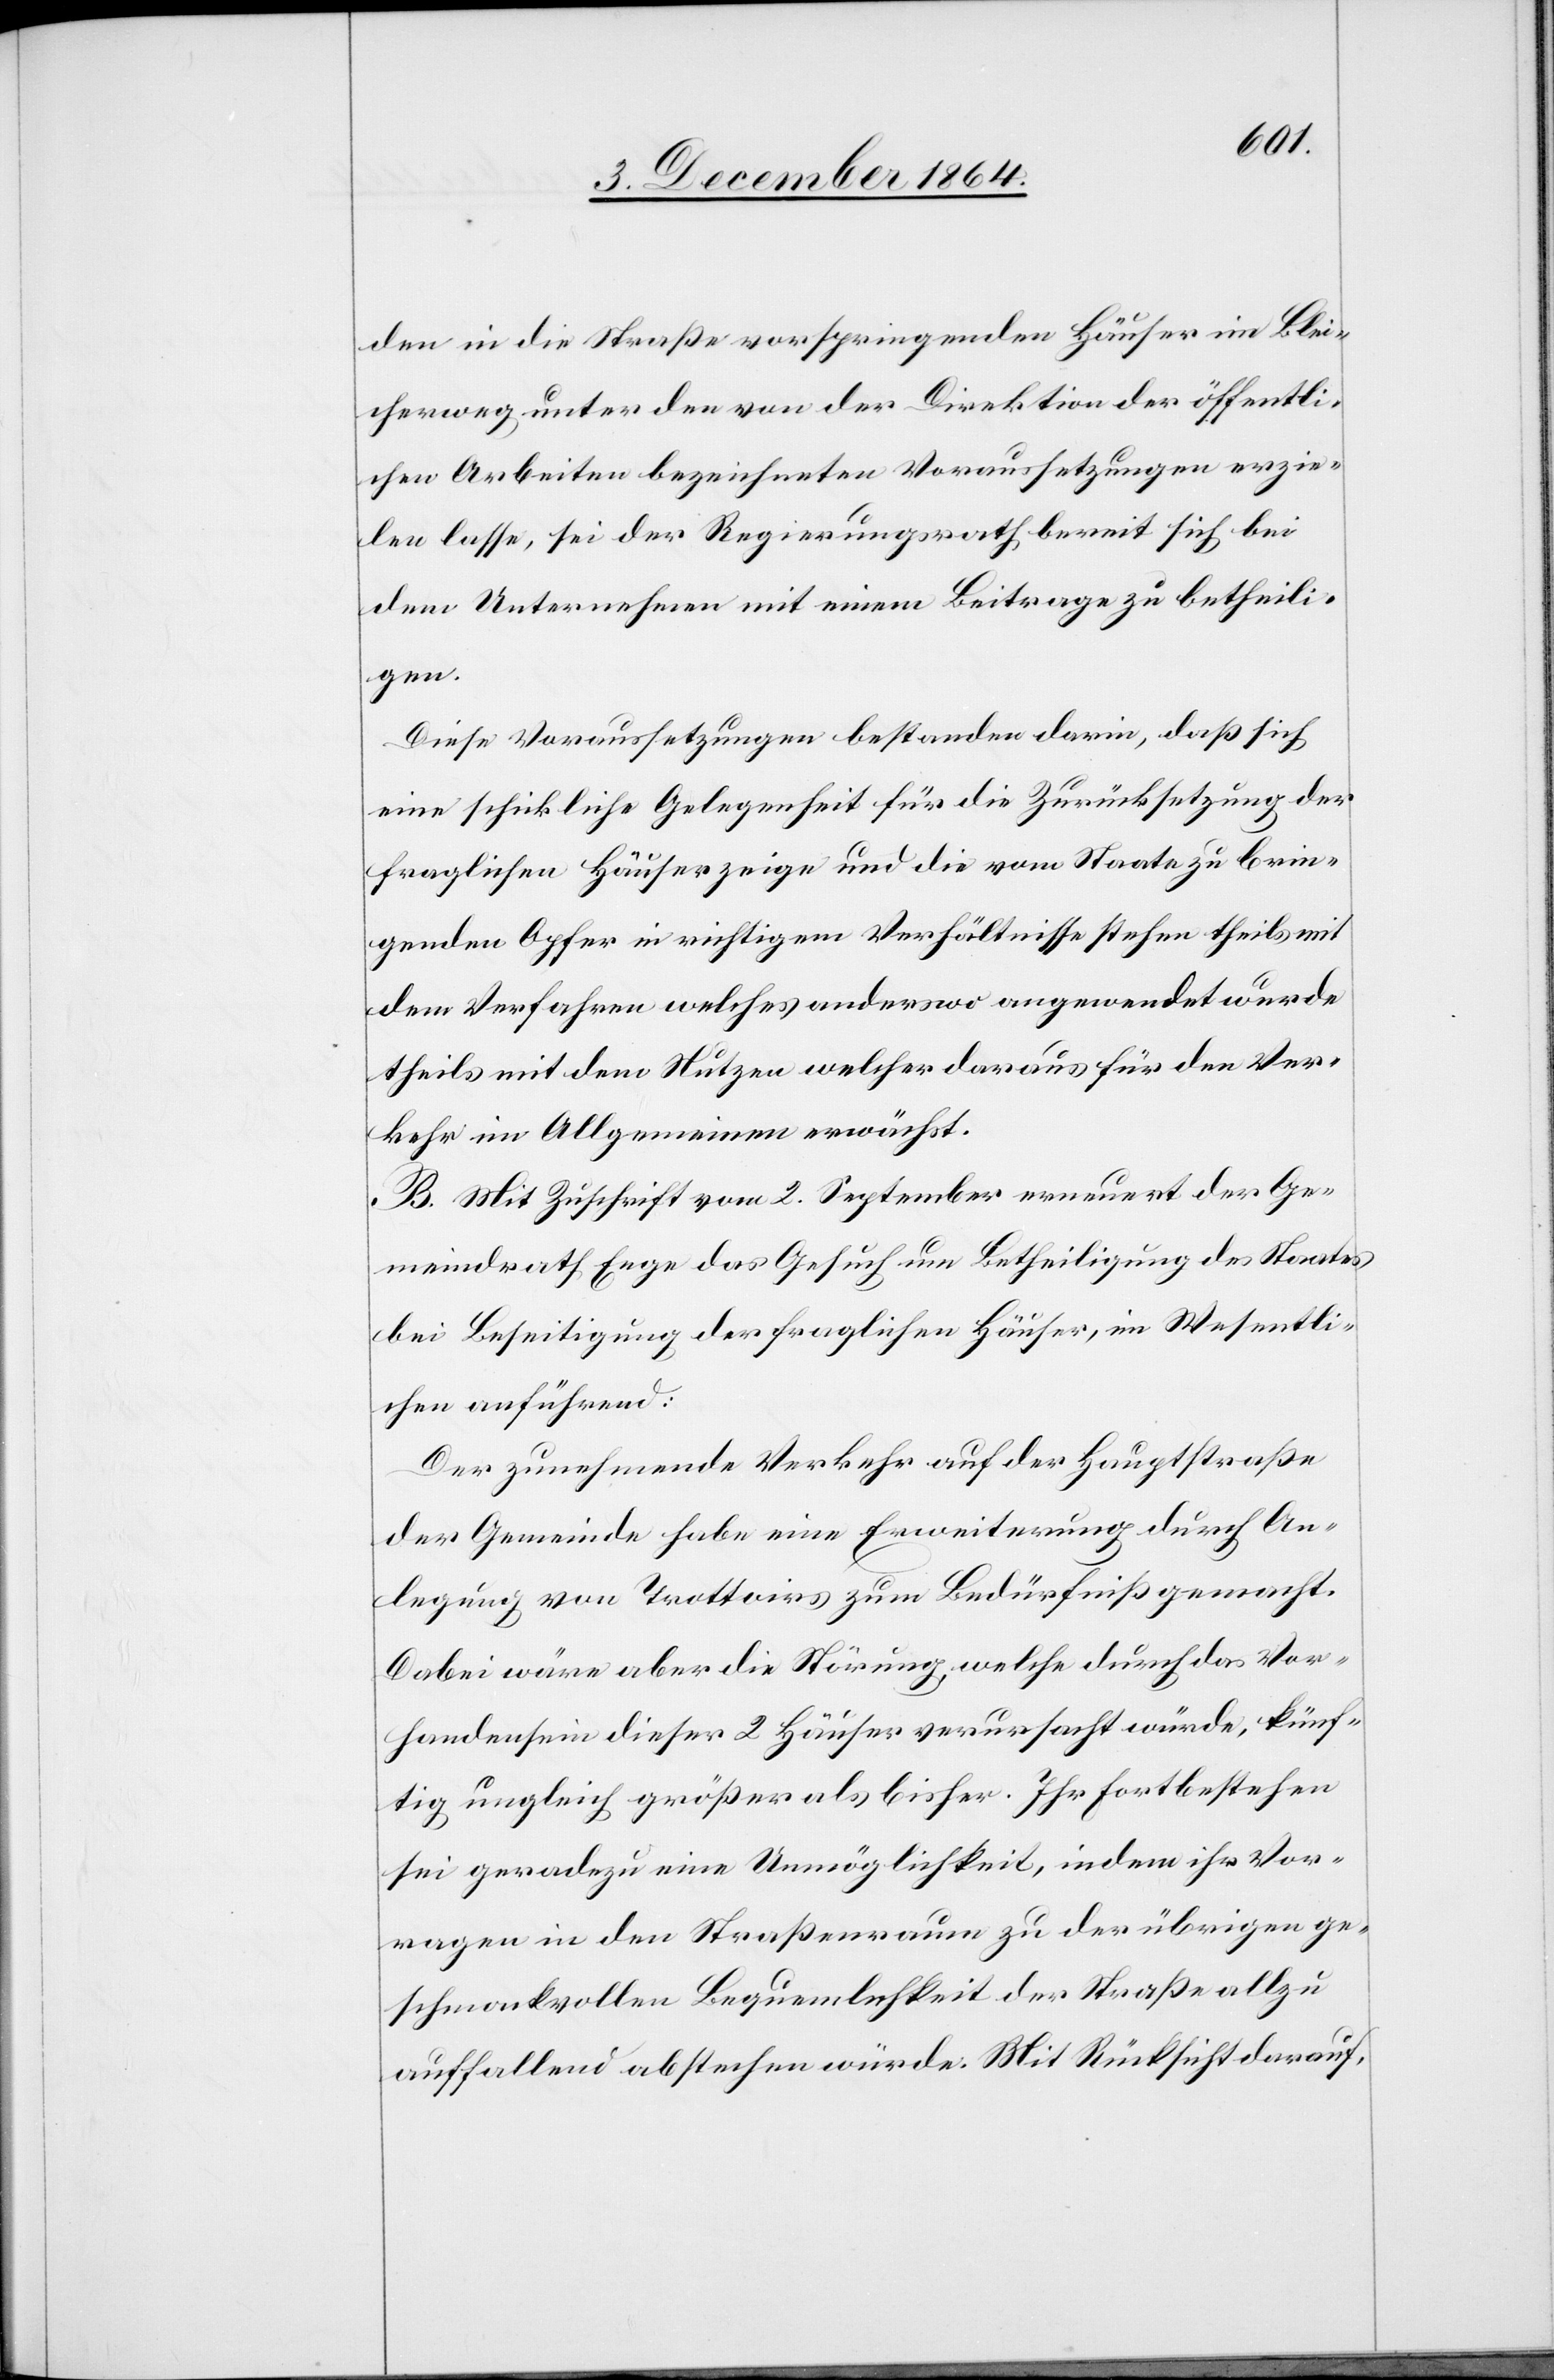
den in die Straße vorspringenden Häuser im Blei¬
cherweg unter den von der Direktion der öffentli¬
chen Arbeiten bezeichneten Voraussetzungen erzie¬
len lasse, sei der Regierungsrath bereit sich bei
dem Unternehmen mit einem Beitrage zu betheili¬
gen.
Diese Voraussetzungen bestanden darin, daß sich
eine schickliche Gelegenheit für die Zurücksetzung der
fraglichen Häuser zeige und die vom Staate zu brin¬
genden Opfer in richtigem Verhältnisse stehen theils mit
dem Verfahren welches anderswo angewendet wurde
theils mit dem Nutzen welcher daraus für den Ver¬
kehr im Allgemeinen erwächst.
B. Mit Zuschrift vom 2. September erneuert der Ge¬
meindrath Enge das Gesuch um Betheiligung des Staates
bei Beseitigung der fraglichen Häuser, im Wesentli¬
chen anführend:
Der zunehmende Verkehr auf der Hauptstraße
der Gemeinde habe eine Erweiterung durch An¬
legung von Trottoirs zum Bedürfniß gemacht.
Dabei wäre aber die Störung, welche durch das Vor¬
handensein dieser 2 Häuser verursacht würde, künf¬
tig ungleich größer als bisher. Ihr Fortbestehen
sei geradezu eine Unmöglichkeit, indem ihr Vor¬
ragen in den Straßenraum zu der übrigen ge¬
schmackvollen Bequemlichkeit der Straße allzu
auffallend abstechen würde. Mit Rücksicht darauf,